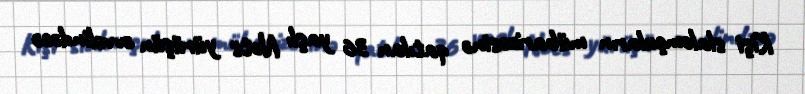
Kişi slalomçuların mübarizəsinə qatılan 36 yaşlı Nots yürüşün əvvəlindəcə